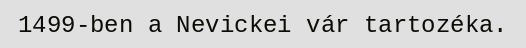
1499-ben a Nevickei vár tartozéka.